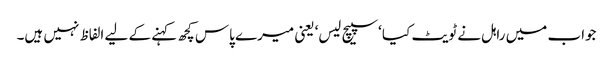
جواب میں راہل نے ٹویٹ کیا ‘سپیچ لیس‘ یعنی میرے پاس کچھ کہنے کے لیے الفاظ نہیں ہیں۔